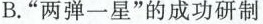
B. ” 两弹一星 ”的成功研制